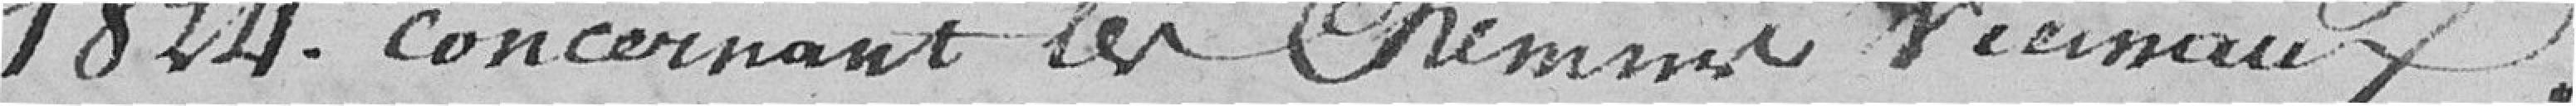
1824, concernant les chemins vicinaux ;